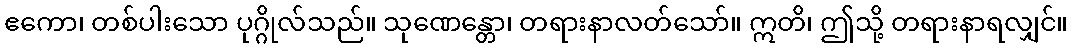
ဧကော၊ တစ်ပါးသော ပုဂ္ဂိုလ်သည်။ သုဏေန္တော၊ တရားနာလတ်သော်။ ဣတိ၊ ဤသို့ တရားနာရလျှင်။